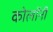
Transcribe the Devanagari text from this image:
कोलॉनी